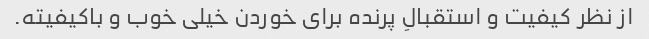
از نظر کیفیت و استقبالِ پرنده برای خوردن خیلی خوب و باکیفیته.